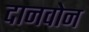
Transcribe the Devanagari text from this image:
दानवोन